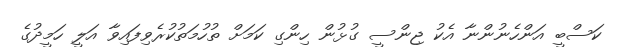
ކަސްބީ އަންހެނުންނާ އެކު ޖިންސީ ގުޅުން ހިންގި ކަމަށް ތުހުމަތުކުރެވިފައިވާ އަލީ ހަމީދުގެ